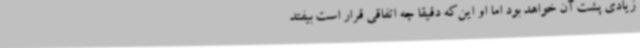
زیادی پشت آن خواهد بود اما او این‌که دقیقا چه اتفاقی قرار است بیفتد